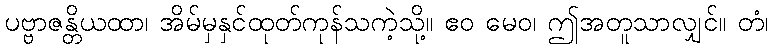
ပဗ္ဗာဇန္တိယထာ၊ အိမ်မှနှင်ထုတ်ကုန်သကဲ့သို့။ ဧဝ မေဝ၊ ဤအတူသာလျှင်။ တံ၊